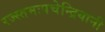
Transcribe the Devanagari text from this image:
रज्स्तमःपचेन्द्रियानी